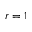
r = 1